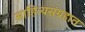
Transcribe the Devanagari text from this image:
साहित्यसंग्रहात